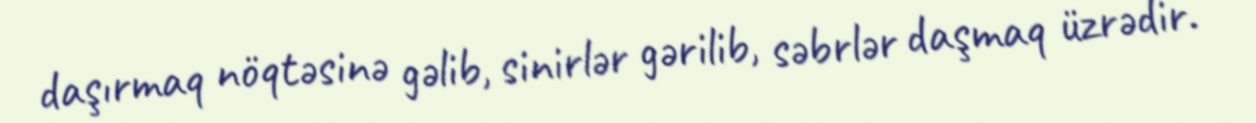
daşırmaq nöqtəsinə gəlib, sinirlər gərilib, səbrlər daşmaq üzrədir.